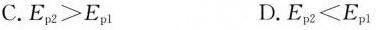
C.$$E _ { p2 } > E _ { p1 }$$ D.$$E _ { p2 } < E _ { p1 }$$